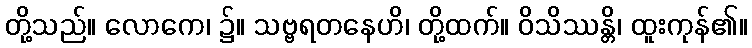
တို့သည်။ လောကေ၊ ၌။ သဗ္ဗရတနေဟိ၊ တို့ထက်။ ဝိသိဿန္တိ၊ ထူးကုန်၏။